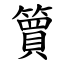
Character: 簤